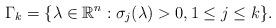
LaTeX: \begin{align*}\Gamma_k=\{\lambda\in \mathbb{R}^n:\sigma_j(\lambda)>0,1\leq j\leq k\}.\end{align*}